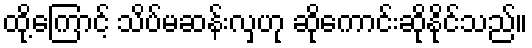
ထို့ကြောင့် သိပ်မဆန်းလှဟု ဆိုကောင်းဆိုနိုင်သည်။